Calcutta medical institutions reports 1892-1900
Year: 1892
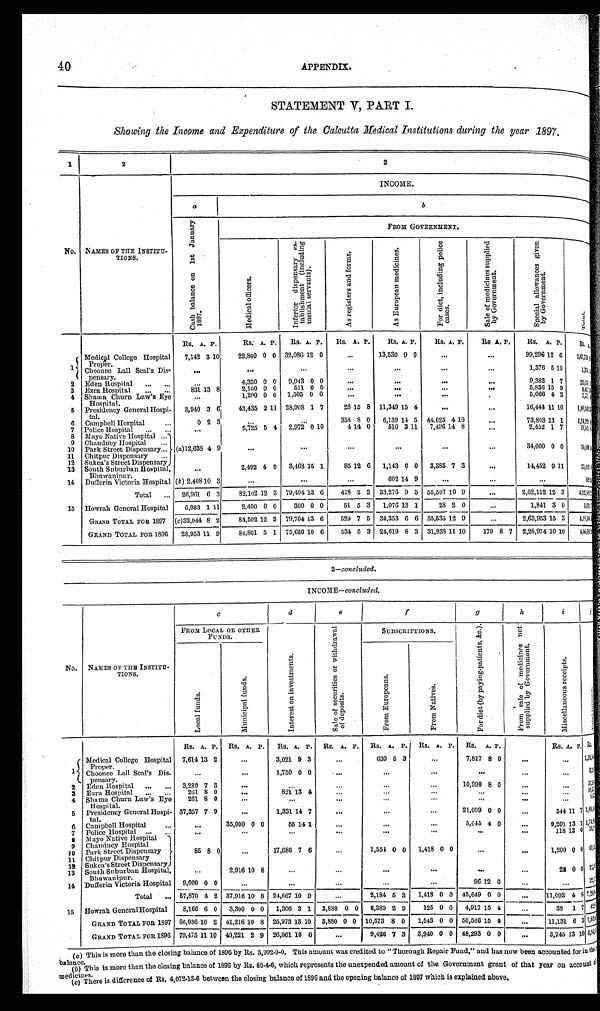
40
APPENDIX.
STATEMENT V, PART I.
Showing the Income and Expenditure of the Calcutta Medical Institutions during the year 1897.
1
2
3
No. NAMES OF THE INSTITU-
TIONS.
INCOME.
a
b
C a s h b a l a n c e o n 1 s t J a n u a r y 1 8 9 7 .
FROM GOVERNMENT.
M e d i c a l o f f i c e r s .
I n f e r i o r d i s p e n s a r y e s - t a b l i s h m e n t ( i n c l u d i n g m e n i a l s e r v a n t s ) .
A s r e g i s t e r s a n d f o r m s . A s E u r o p e a n m e d i c i n e s .
F o r d i e t , i n c l u d i n g p o l i c e c a s e s .
S a l e o f m e d i c i n e s s u p p l i e d b y G o v e r n m e n t .
S p e c i a l a l l o w a n c e s g i v e n b y G o v e r n m e n t .
T o t a l .
Rs. A. P.
Rs. A. P.
R s . A. P.
Rs. A. P.
Rs. A. P.
Rs. A. P.
Rs. A. P.
Rs. A. P.
R s . < i l l e g i b l e >
1
Medical College Hospital
Proper.
7,142 3 10
22,800 0 0 32,086 12 0
. . .13,530 9 0
. . .
. . . 99,296 12 6
1 , < i l l e g i b l e >
Choonee Lall Seal's Dis-
pensary.
. . .
. . .
. . .
. . .
. . .
. . .
. . . 1,376 5 10
1 , 3 < i l l e g i b l e >
2 Eden Hospital . . .
. . .
4,350 0 0 9,943 0 0
. . .
. . .
. . .
. . .
9 , 3 8 3 1 7
2 3 , < i l l e g i b l e >
3 Ezra Hospital . . .
831 13 8
2,100 0 0
521 0 0
. . . . . .
...
.
. .
5,836 15 9
8 , < i l l e g i b l e >
4 Shama Churn Law's Eye
Hospital.
. . .
1,200 0 0 1,505 0 0
. . .
. . .
. . .
. . .
5,066 4 2
7 , < i l l e g i b l e >
5 Presidency General Hospi-
tal.
3,940 3 6
43,435 2 11 28,908 1 7
28 15 8 11,349 15 4
. . .
. . .
16,444 11 10
1 , 0 0 < i l l e g i b l e >
. . .
358 8 0
6,139 14 5 44,625 4 10
6
C a m p b e l l H o s p i t a l . . .
0 2 3
. . .
. . . 73,803 13 1
1 , 2 4 < i l l e g i b l e >
7 Police Hospital . . .
. . .
5,725 5 4 2,972 0 10
4 14 0
510 3 11 7,496 14 8
. . . 2,452 1 7
1 9 , < i l l e g i b l e >
8 Mayo Native Hospital . . .
(a)12,638 4 9
. . .
. . .
. . .
. . .
. . .
. . . 34,000 0 0
3 4 , < i l l e g i b l e >
9 Chandney Hospital . . .
10 Park Street Dispensary . . .
11 Chitpur Dispensary . . .
12 Sukea's Street Dispensary
2,492 4 0
3,468 15 1
85 12 6 1,143 0 0 3,385 7 3
13 South Suburban Hospital,
Bhawanipur.
. . .
. . . 14,452 9 11
2 5 , < i l l e g i b l e >
14 Dufferin Victoria Hospital (b )
2 , 4 0 8
1 0
2 , 4 0 8 1 0 1 0 3
. . .
. . .
. . . 602 14 9
. . .
. . .
. . . < i l l e g i b l e >
Total . . . 26,961 6 3
82,102 12 3 79,404 13 6
478 2 2 33,276 9 5 55,507 10 9
. . . 2,62,112 12 3
< i l l e g i b l e >
15 Howrah General Hospital
6,983 1 11
2,400 0 0
300 0 0
51 5 3
1,076 13 1
28 2 0
. . . 1,841 3 0
5 , < i l l e g i b l e >
GRAND TOTAL FOR 1897 (c) 33,944 8 2
84,502 12 3 79,704 13 6
529 7 5 34,353 6 6 55,535 12 9
. . . 2,63,953 15 3
5, <i l l i gi bl e>
GRAND TOTAL For 1896
28,953 11 9
84,801 5 1 75,650 10 6
534 5 3 24,619 8 3 31,938 11 10
179 8 7 2,28,974 10 10
4<i l l egi bl e>
3-concluded.
INCOME—concluded.
c
d
e
f
g
h
i
j
No. NAMES OF THE INSTITU-
TIONS.
FROM LOCAL OR. OTHER
FUNDS.
I n t e r e s t o n i n v e s t m e n t s .
S a l e o f s e c u r i t i e s o r w i t h d r a w a l o f d e p o s i t s .
SUBSCRIPTIONS.
F o r d i e t ( b y p a y i n g - p a t i e n t s , & c . )
.
F r o m s a l e o f m e d i c i n e s n o t s u p p l i e d b y G o v e r n m e n t .
M i s c e l l a n e o u s r e c e i p t s .
< i l l e g i b l e >
L o c a l f u n d s .
M u n i c i p a l f u n d s .
F r o m N a t i v e s .
F r o m E u r o p e a n s .
Rs. A. P. Rs. A. P.
Rs. A. P. Rs. A. P. Rs. A. P. Rs. A. P. Rs. A. P.
Rs. A. P.
R s . < i l l e g i b l e >
1
Medical College Hospital
Proper.
7,614 13 2
. . . 3,021 9 3
. . .
630 5 3
. . .
7 ,817 8 0
. . .
. . . 1 < i l l e g i b l e >
Choonee Lall Seal's Dis-
pensary.
. . .
. . .
1,750 0 0
. . .
. . .
. . .
. . .
. . .
. . . 3 , < i l l e g i b l e >
2 Eden Hospital . . . 3,289 7 3
. . .
. . .
. . .
. . .
. . .
10,990 8 0
. . .
. . . 3 < i l l e g i b l e >
3 Ezra Hospital . . .
261 8 0
. . .
821 13 4
. . .
. . .
. . .
. . .
. . . < i l l e g i b l e >
4 Shama Churn Law's Eye
Hospital.
261 8 0
. . .
. . .
. . .
. . .
. . .
. . .
. . .
. . . < i l l e g i b l e >
5 Presidency General Hospi-
tal.
37,357 7 9
. . .
1,331 14 7
. . .
. . .
. . .
21,099 0 0
. . .
544 11 7 1 , 6 < i l l e g b i l e >
6 Campbell Hospital . . .
. . .
35,000 0 0
55 14 1
. . .
. . .
. . .
5,645 4 0
. . . 9,201 13 1 1 < i l l e g i b l e >
7 Police Hospital . . .
. . .
. . .
. . .
. . .
. . .
. . .
. . .
. . . 118 12 0 1 9 < i l l e g i b l e >
8
M a y o N a t i v e H o s p i t a l
9 Chandney Hospital
10 Park Street Dispensary
85 8 0
. . .
17,686 7 6
. . .
1,554 0 0
1,418 0 0
. . .
. . . 1,200 0 0 6 < i l l e g i b l e >
11 Chitpur Dispensary . . .
12 Sukea's Street Dispensary
13 South Suburban Hospital,
Bhawanipur.
. . .
2,916 10 8
. . .
. . .
. . .
. . .
. . .
. . .
28 0 0 2 7 , < i l l e g i b l e >
14 Dufferin Victoria Hospital 9,000 0 0
. . .
. . .
. . .
. . .
. . .
96 12 0
. . .
. . . 1 2 , < i l l e g i b l e >
Total . . . 57,870 4 2 37,916 10 8 24,667 10 9
. . .
2,184 5 3
1,418 0 0 45,649 0 0
. . . 11,093 4 8
7 , 2 0 < i l l e g i b l e >
15 Howrah General Hospital
8,166 6 0
3,300 0 0 1,306 3 1 3,880 0 0 8,389 2 9
125 0 0
4,917 15 4
. . .
38 1 7 4 < i l l e g i b l e >
GRAND TOTAL FOR 1897 60,036 10 2 41,216 10 8 25,973 13 10 3,880 0 0 10,573 8 0
1,543 0 0 50,566 15 4
. . .
11,131 6 3 7 , 6 3 < i l l e g i b l e >
GRAND TOTAL FOR 1896 79,475 11 10 40,221 2 9 26,061 10 0
. . .
9,426 7 3 3,940 0 0 48,293 0 0
. . . 3,745 13 10 6 < i l l e g i b l e >
(a) This is more than the closing balance of 1896 by Rs. 3,992-9-0. This amount was credited to "Thorough Repair Fund," and has now been accounted for in the
balance. (b) This is more than the closing balance of 1896 by Rs. 80-4-6, which represents the unexpended amount of the Government grant of that year on account of
medicines.
( c) There is difference of Rs. 4,072-13-6 between the closing balance of 1896 and the opening balance of 1897 which is explained above.